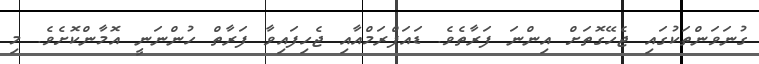
ގުނަވަންތަކުގައި ޖެހޭގޮތަށް އިންނަ ފަރާތެވެ. ޑައަފްރަމްއާއި ޖެހިފައިވާ ފަރާތް ހުންނަނީ އޮމާންކޮށެވެ. މި